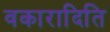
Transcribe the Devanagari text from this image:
वकारादिति